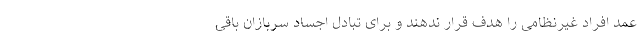
عمد افراد غیرنظامی را هدف قرار ندهند و برای تبادل اجساد سربازان باقی